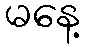
မနေ့